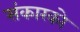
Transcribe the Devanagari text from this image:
संकारको